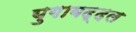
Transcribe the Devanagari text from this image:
युगाबद्दल